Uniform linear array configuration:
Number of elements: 12
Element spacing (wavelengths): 1
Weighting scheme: kaiser
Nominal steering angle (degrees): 0
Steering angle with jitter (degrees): -1.076
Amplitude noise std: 0.05
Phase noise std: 0.05

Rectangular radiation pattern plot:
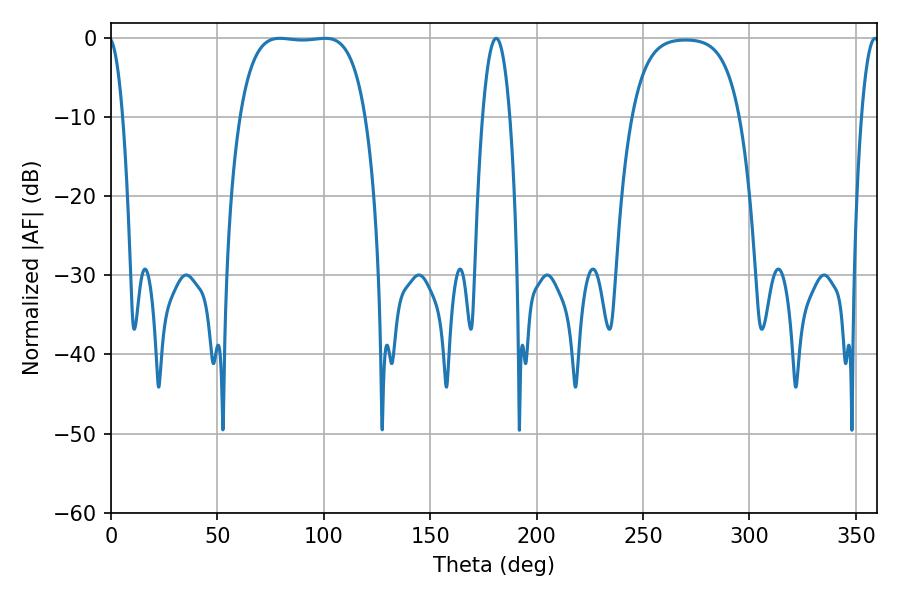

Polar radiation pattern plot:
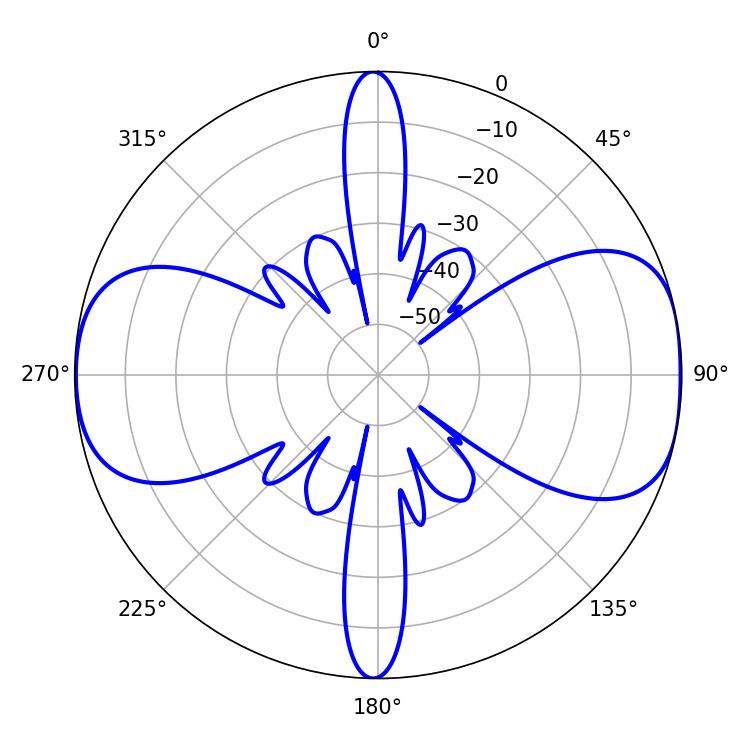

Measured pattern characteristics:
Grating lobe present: TRUE
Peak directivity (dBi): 10.094
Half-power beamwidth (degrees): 46.08
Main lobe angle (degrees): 79.38